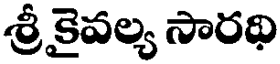
శ్రీ కైవల్య సారథి